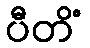
ပီတိံ